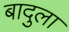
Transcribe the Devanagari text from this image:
बादुला